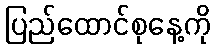
ပြည်ထောင်စုနေ့ကို